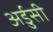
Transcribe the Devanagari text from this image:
अर्डुसी